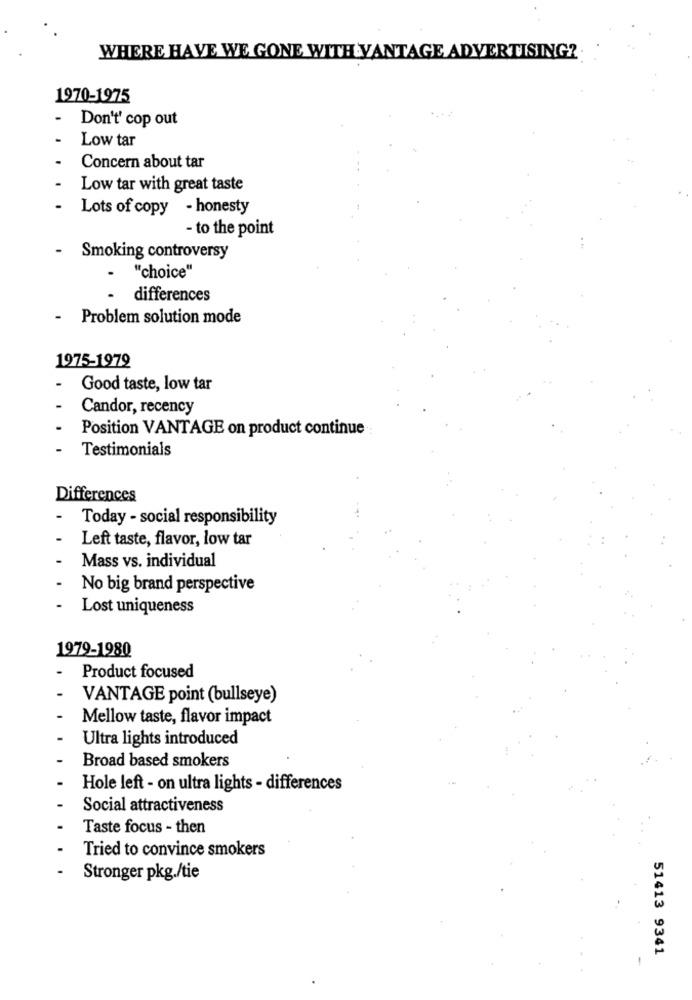
WHERE HAVE WE GONE WITH VANTAGE ADVERTISING ?.
1970-1975
-
Don't' cop out
Low tar
Concern about tar
Low tar with great taste
Lots of copy - honesty
- to the point
Smoking controversy
-
"choice"
- differences
- Problem solution mode
1975-1979
Good taste, low tar
Candor, recency
.
Position VANTAGE on product continue
Testimonials
Differences
Today - social responsibility
Left taste, flavor, low tar
Mass vs. individual
No big brand perspective
Lost uniqueness
1979-1980
Product focused
VANTAGE point (bullseye)
Mellow taste, flavor impact
Ultra lights introduced
Broad based smokers
Hole left - on ultra lights - differences
Social attractiveness
Taste focus - then
Tried to convince smokers
Stronger pkg./tie
51413 9341